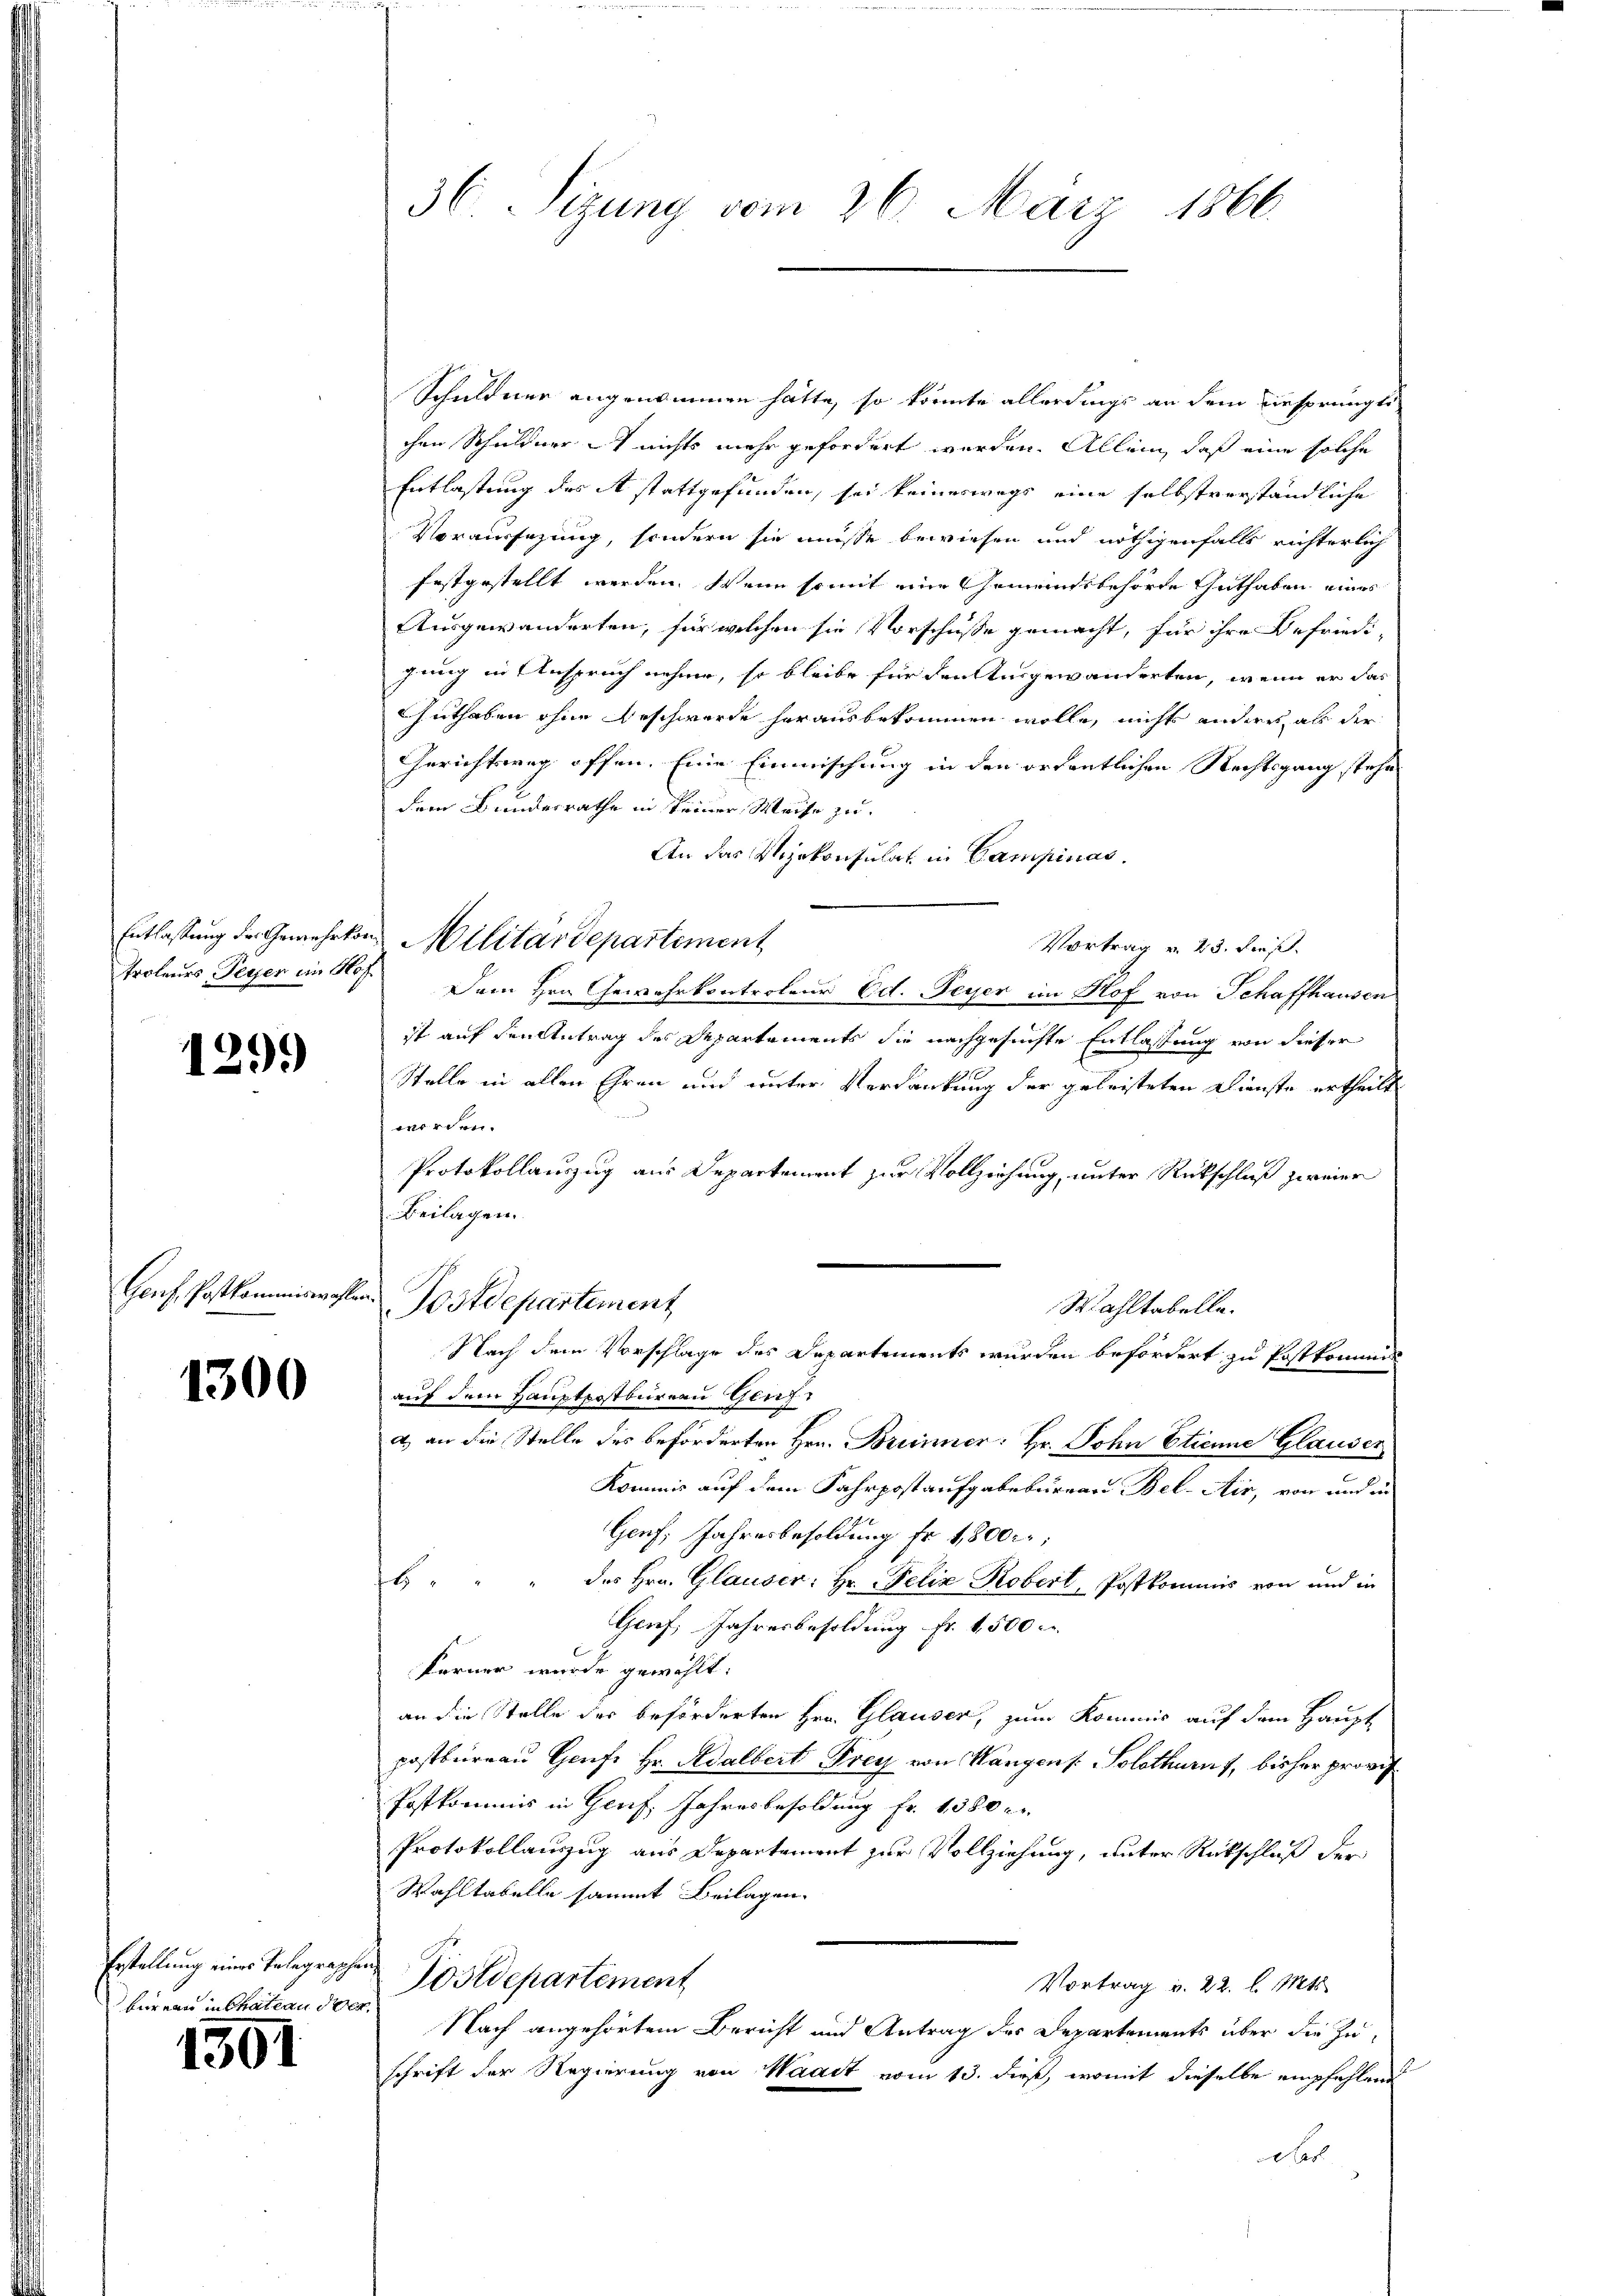
Entlassung der Gewehrt.
Troleurs, Peyer im Hof

g

129.)

Genf Postkommiswahle

1300

Erstellung eines Telegraphe
bureau in Chateau der

1301

36. Sizung vom 26. März 1866.

Schuldner angenommen hätte, so könnte allerdings an dem Bespringte
chen Schuldner it nichts mehr gefordert werden. Allein, daß eine solche
Entlastung des A stattgefunden, sei keineswegs eine selbstverständliche
Voraussezung, sondern sie müsse bewiesen und nöthigenfalls richterlich
festgestellt werden. Wenn somit eine Gemeindsbehörde Guthaben eines
Ausgewanderten, für welchen sie Vorschüsse gemacht, für ihre Befriedigung in Anspruch nehme, so bleibe für den Ausgewanderten, wenn er das
Guthaben ohne Geschwerde herausbekommen wolle, nicht anderes als der
Gerichtsweg offen. Eine Einmischung in den ordentlichen Rechtsgang stehe
dem Bundesrathe in keiner Weise zu¬
An das Vizekonsulat in Campinas.
in Militärdepartement
Vortrag v. 23. Fres.
Dem Hrn. Gewehrkontroleur Ed. Feyer im Hof von Schaffhausen
ist auf den Antrag des Departements die nachgesuchte Entlassung von dieser
Stelle in allen Ehren und unter Verdankung der geleisteten Dienste ertheilt
worden.
Protokollauszug aus Departement zur Vollziehung, unter Rückschluß zweier
Beilagen.

Postdepartement
Wahltabelle.
Nach dem Vorschlage des Departements wurden befördert zu Postkommen
auf dem Hauptpostbureau Greifa) an die Stelle des beförderten Hrn. Brenner. Hr. John Etienne Glauser
Kommis auf dem Fahrpostaufgabeburgau Bel. Air, von und in
Genf, Jahresbesoldung fr. 1,800;
b. " " " des Hrn. Glauser: Hr. Felix Koberl, Postkommnis von und in
Genf, Jahresbesoldung fr. 1500
Ferner wurde gewählt:
an die Stelle des beförderten Hrn. Glausen, zum Kommis auf dem Haupt
postbureau Genf Hr. Adalbert Frey von Wangen s. Solothurn, bisher provis
Postkommis in Genf, Jahresbesoldung fr. 1380
Protokollauszug aus Departement zur Vollziehung, unter Rückschluß der
Wahltabelle sammt Beilagen.
Postdepartement
Vortrag v. 22. l. Mts.
Nach angehörtem Bericht und Antrag des Departements über die Zuschrift der Regierung von Waadt vom 13. dieß, womit dieselbe empfehlend
esl